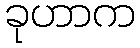
ခုဟာက